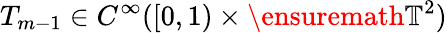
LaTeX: T_{m-1}\in C^{\infty}([0,1)\times\ensuremath{\mathbb{T}}^{2})